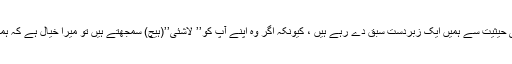
آپ اپنے ان الفاظ سے ایک مرشد اور معلم کی حیثیت سے ہمیں ایک زبردست سبق دے رہے ہیں ، کیونکہ اگر وہ اپنے آپ کو’’ لاشئی’’(ہیچ) سمجھتے ہیں تو میرا خیال ہے کہ ہمیں اپنے آپ کو ‘‘ہیچ در ہیچ ‘‘سمجھنا چاہیے۔